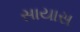
સાયાસ